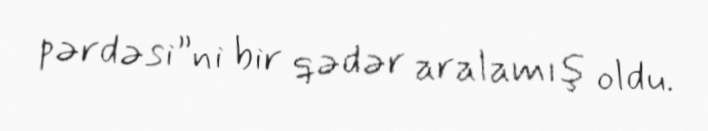
pərdəsi”ni bir qədər aralamış oldu.